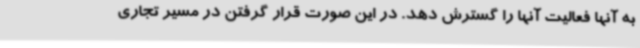
به آنها فعالیت آنها را گسترش دهد. در این صورت قرار گرفتن در مسیر تجاری